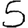
Digit: 5